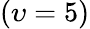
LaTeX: (\upsilon=5)